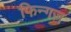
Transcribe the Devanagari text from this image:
फिन्गज़